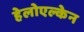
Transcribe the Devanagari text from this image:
हेलोएल्केन